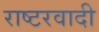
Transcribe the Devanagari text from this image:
राष्टरवादी